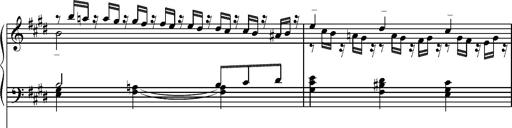
Title: Pilgerchor aus TannhÃ¤user
Composer: Franz Liszt